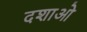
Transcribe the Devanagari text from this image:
दशाओ